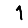
Digit: 1